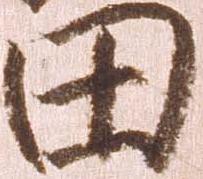
田